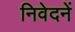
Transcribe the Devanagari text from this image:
निवेदनें